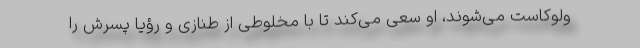
ولوکاست می‌شوند، او سعی می‌کند تا با مخلوطی از طنازی و رؤیا پسرش را